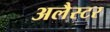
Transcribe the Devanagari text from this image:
अलैस्टर